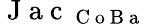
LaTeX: \mathrm{~J~a~c~}_{\mathrm{~C~o~B~a~}}